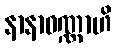
နာနာဝဏ္ဏာဟိ